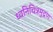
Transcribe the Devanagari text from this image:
ध्वनिचित्रमुद्रण